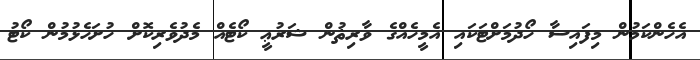
އެހެންކަމުން މިފައިސާ ހޯދުމަށްޓަކައި އެމީހެއްގެ ވާރިޘުން ޝަރުޢީ ކޯޓެއް މެދުވެރިކޮށް ހުށަހެޅުމުން ކޯޓު